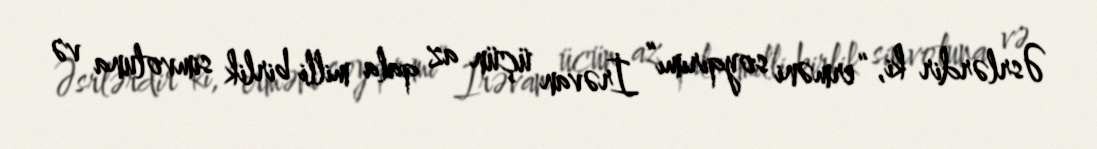
Əsrlərdir ki, “erməni soyqırımı” İrəvan üçün az qala milli birlik simvoluna və